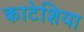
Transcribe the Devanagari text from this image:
काटेशिया